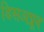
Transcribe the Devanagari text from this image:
डिसअप्रूव